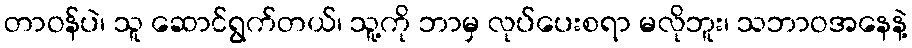
တာဝန်ပဲ၊ သူ ဆောင်ရွက်တယ်၊ သူ့ကို ဘာမှ လုပ်ပေးစရာ မလိုဘူး၊ သဘာဝအနေနဲ့